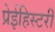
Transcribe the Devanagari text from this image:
प्रेईहिस्टरी